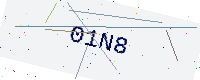
Text: 01N8